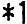
*1